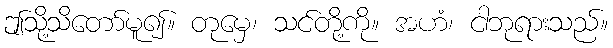
ဤသို့သိတော်မူ၍။ တုမှေ၊ သင်တို့ကို။ အဟံ၊ ငါဘုရားသည်။